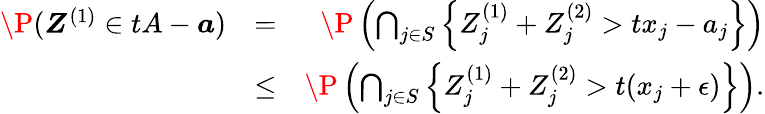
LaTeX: \begin{array}{rlr}{\P(\boldsymbol Z^{(1)}\in tA-\boldsymbol a)}&{=}&{\P\left(\bigcap_{j\in S}\left\{ Z_{j}^{(1)}+Z_{j}^{(2)}>tx_{j}-a_{j}\right\} \right)}\\ &{\leq}&{\P\left(\bigcap_{j\in S}\left\{ Z_{j}^{(1)}+Z_{j}^{(2)}>t(x_{j}+\epsilon)\right\} \right).}\end{array}